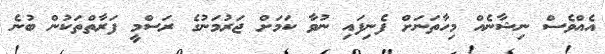
އެއްވެސް ނިޝާނެއް މިހާތަނަށް ފެނިފައި ނުވާ ކަމަށް ޖަރުމަނުގެ ރަސްމީ ފަރާތްތަކުން ބުނެ